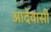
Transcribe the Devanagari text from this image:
आदेवासी